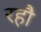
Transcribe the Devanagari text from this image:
रहौ